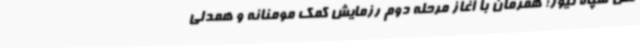
نقل سپاه نیوز؛ همزمان با آغاز مرحله دوم رزمایش کمک مومنانه و همدلی